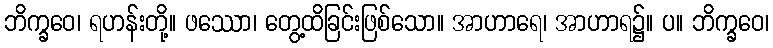
ဘိက္ခဝေ၊ ရဟန်းတို့။ ဖဿော၊ တွေ့ထိခြင်းဖြစ်သော။ အာဟာရေ၊ အာဟာရ၌။ ပ။ ဘိက္ခဝေ၊